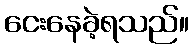
ငေးနေခဲ့ရသည်။